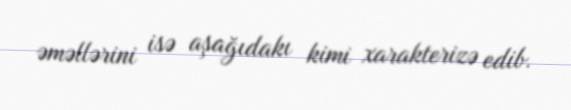
əməllərini isə aşağıdakı kimi xarakterizə edib.